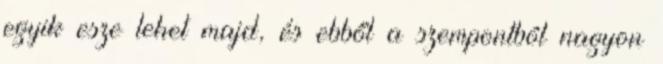
egyik esze lehet majd, és ebből a szempontból nagyon